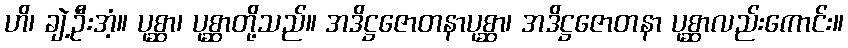
ဟိ၊ ချဲ့ဦးအံ့။ ပုစ္ဆာ၊ ပုစ္ဆာတို့သည်။ အဒိဋ္ဌဇောတနာပုစ္ဆာ၊ အဒိဋ္ဌဇောတနာ ပုစ္ဆာလည်းကောင်း။